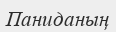
Паниданың